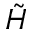
\tilde { \cal H }